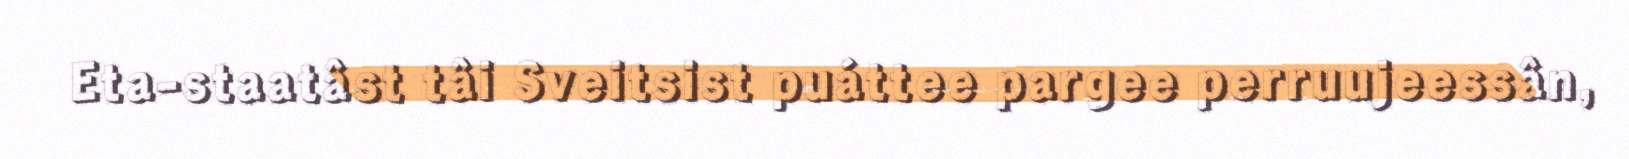
Eta-staatâst tâi Sveitsist puáttee pargee perruujeessân,